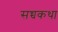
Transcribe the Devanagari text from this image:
सच्चकथा